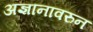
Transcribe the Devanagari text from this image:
अज्ञानावरुन